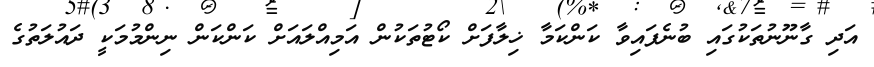
އަދި ގާނޫނުތަކުގައި ބުނެފައިވާ ކަންކަމާ ޚިލާފަށް ކޯޓުތަކުން އަމިއްލައަށް ކަންކަން ނިންމުމަކީ ދައުލަތުގެ